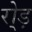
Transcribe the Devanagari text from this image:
रो्ड़